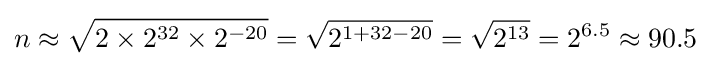
n\approx {\sqrt {2\times 2^{32}\times 2^{-20}}}={\sqrt {2^{1+32-20}}}={\sqrt {2^{13}}}=2^{6.5}\approx 90.5